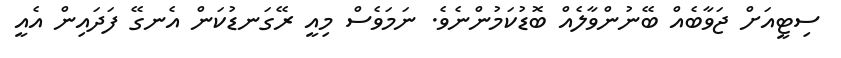
ސިޓީއަށް ޖަވާބެއް ބޭނުންވާލެއް ބޮޑުކަމުންނެވެ. ނަމަވެސް މިއީ ރޭގަނޑުކަން އެނގޭ ފަދައިން އެއީ